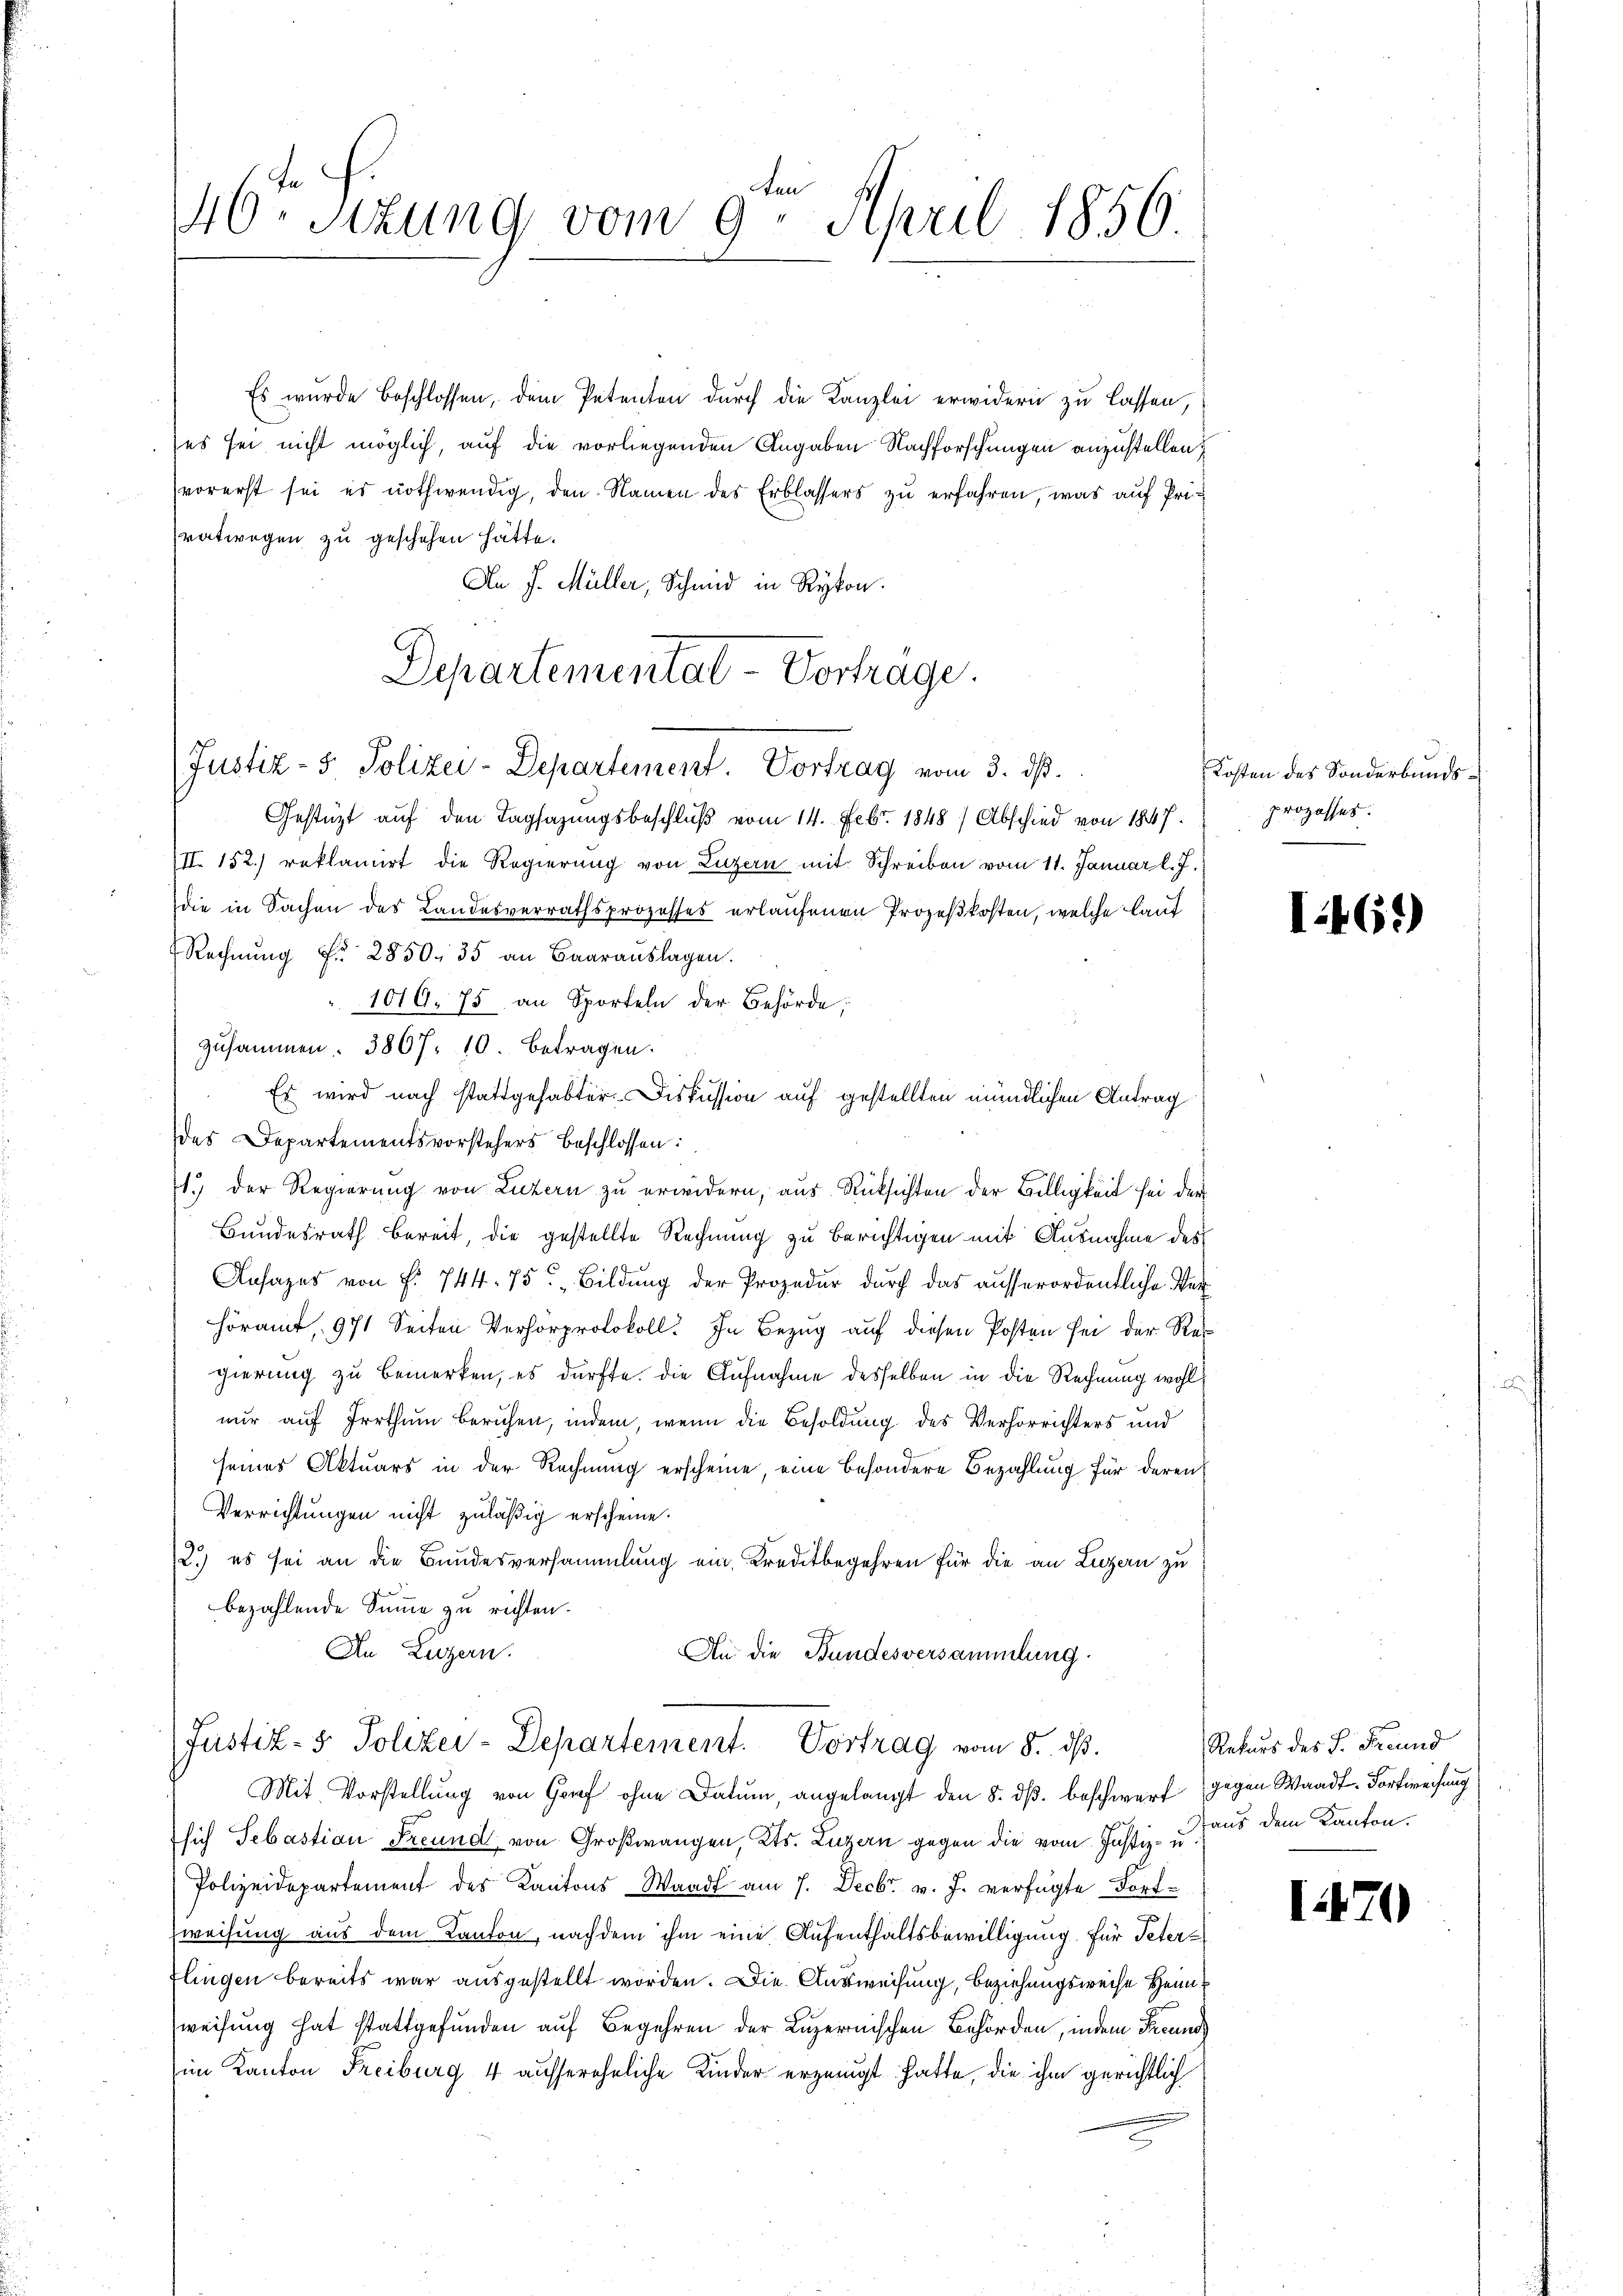
Es wurde beschlossen, dem Petenten durch die Kanzlei erwidern zu lassen,
(es sei nicht möglich, auf die vorliegenden Angaben Nachforschungen anzustellen,
vorerst sei es nothwendig, den Namen des Erblassers zu erfahren, was auf Privatwegen zu geschehen hätte.
An J. Müller, Schmid in Rykon.
Justiz- & Polizei-Departement. Vortrag vom 3. ds.
Gestützt auf den Tagsazungsbeschluß vom 14. Febr. 1848) Abschied von 1847.
N. 152) reklamirt die Regierŭng von Luzern mit Schreiben vom 11. Januar l. J.
die in Sachen des Landesverrathsprozesses erlaufenen Prozeßkosten, welche Lauf
Rechnŭng Fr. 2850. 35 an Baarauslagen.
1019. 75 an Sporteln der Behörde;
zusammen. 3867. 10. betragen.
Es wird nach stattgehabter Diskussion auf gestellten mündlichen Antrag
des Departementsvorstehers beschlossen:
1.) Der Regierung von Luzern zu erwidern, aus Rücksichten der Billigkeit sei der
Bundesrath bereit, die gestellte Rechnung zu berichtigen mit Ausnahme des
Ansages von f. 744. 75. Bildung der Prozedur durch das ausserordentliche Verhöramt, 971 Seiten Verhorprotokoll. In Bezug auf diesen Posten sei der Regierung zu bemerken, es dürfte. Die Aufnahme desselben in die Rechnung wohlnur auf Irrthum beruhen, indem, wenn die Besoldung des Verhörrichters und
seines Aktuars in der Rechnung erscheine, eine besondere Bezahlung für deren
Verrichtungen nicht zuläßig erscheine.
12.) es sei an die Bundesversammlung ein Kreditbegehren für die an Luzern zu
bezahlende Summe zu richten.
An Luzern.
An die Bundesversammlung.

46t Sizung vom 9. April 1856

Departemental-Vortrage.

Justiz- & Polizei-Departement. Vortrag vom 8. ds.
Mit Vorstellung von Graf ohne Datum, angelangt den 5. dß. beschwurf gegen Waadt-Forfweisung

sich Sebastian Freund, von Großwangen, Kts. Luzern gegen die vom Justiz- u. aus dem Kanton
Polizeidepartement des Kantons Waadt am 7. Decbr. v. J. verfügte Fort¬
Zweifung aus dem Kanton, nachdem ihm eine Aufenthaltsbewilligung für Peter-
flingen bereits war ausgestellt worden. Die Ausweisung, Beziehungsweise Heimweisung hat stattgefunden auf Begehren der Luzernischen Behörden, indem Freunds
im Kanton Freiburg 4 aussereheliche Kinder erzeugt hatte, die ihm gerichtlich

Kosten des Sonderbundsprozesses.

I461)

Rekurs des S. Freund

1470